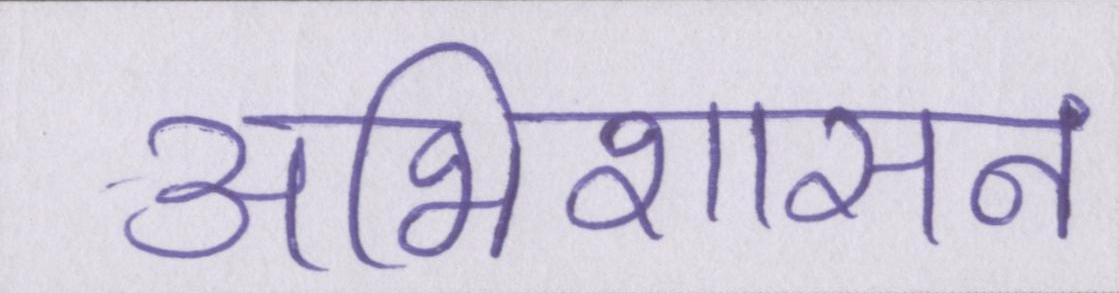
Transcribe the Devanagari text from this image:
अभिशासन